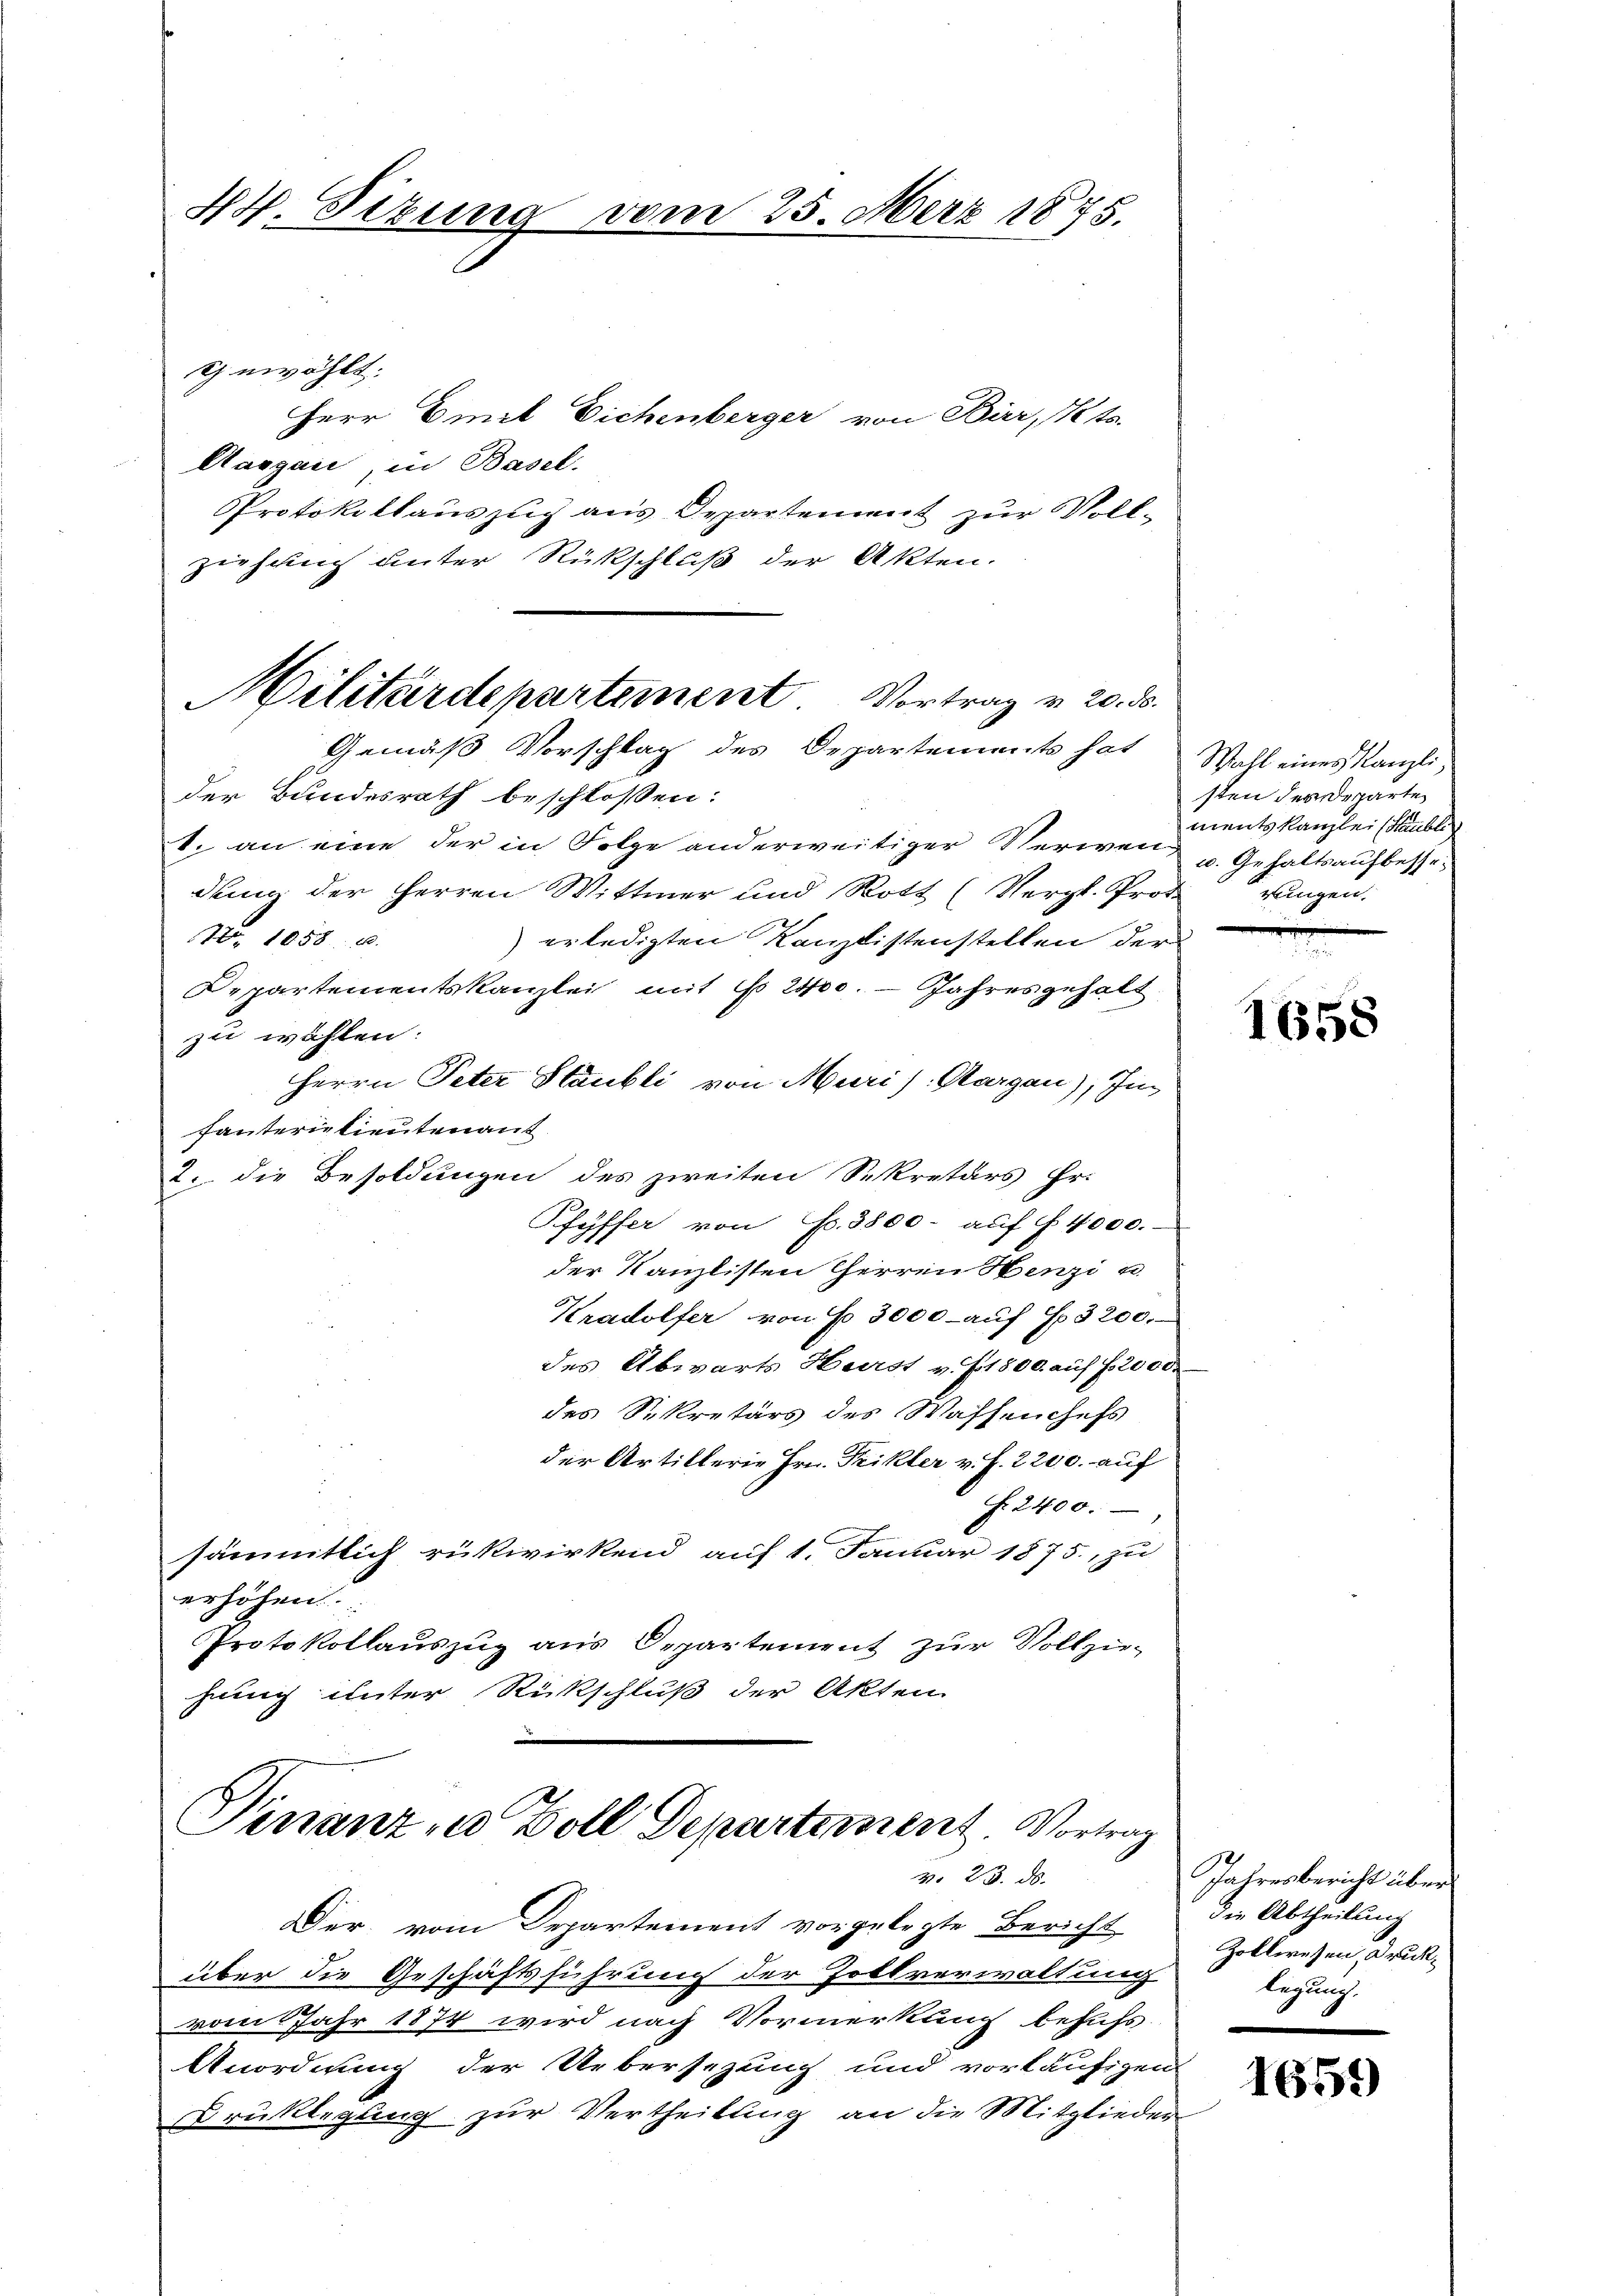
XV. Sizung vom 25. März 1875.

gewählt. |
Herr Emil Eichenberger von Bär, Kts.
Aargau, in Basel.
Protokollauszug aus Departement zur Voll-
ziehung unter Rückschluß der Akten.
der Bundesrath beschlossen:
1. an eine der in Folge anderweitiger Verwen u. Gehaltsaufbesser
dung der Herren Wittmer und Rott (Vergl. Prot
No. 1858. 18.
erledigten Kanzlistenstellen der
Departementskanzlei mit No 2400. - Jahresgehalt
zu wählen:
Herrn Peter Staubli von Meri) Aargau), Im
fauterne lieutenant
2. die Besoldungen des zweiten Sekretärs Hr.
Pfyffer von Fr. 3800- auf § 4000.-
der Kanzlisten Herren Henzi u.
Kradolfer von 3000 - auf S. 3200.-
des Abwarts Herst v. J. 1800. auf f 2000
des Sekretärs des Wassenchefs
der Artillerie Hrn. Peikler v. J. 2200. auf
F. 2400.
sämmtlich rükwirkend auf 1. Januar 1875. zu
erhöhen.
Protokollauszug aus Departement zur Vollzie-
hung unter Rückschluß der Akten
—

Militärdepartement. Vortrag v. 20. d.
Gemäß Vorschlag des Departements hat

Finanz zu Zoll Departement. Vortrag
3. 23. ds.

Der vom Departement vorgelegte Bericht
über die Geschäftsführung der Zollverwaltung
vom Jahr 1874 wird nach Vormerkung behufs
Anordnung der Uebersezung und vorläufigen
rüklegung zur Vertheilung an die Mitglieder

Wahl eines Kanzli,
sten der Departe
ments kanzlei (Subli
rungen.

1658

Jahresbericht über
die Abtheilung
Zollwesen, Drucklegung.

1659